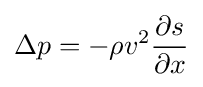
\Delta p=-\rho v^{2}{\frac {\partial s}{\partial x}}